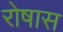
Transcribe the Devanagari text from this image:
रोषास